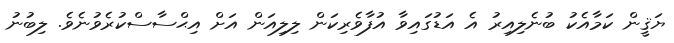
ޔަޤީން ކަމާއެކު ބުނެލިއިރު އެ އަޑުގައިވާ އުފާވެރިކަން ލިލިއަން އަށް އިޙްސާސްކުރެވުނެވެ. ލިބުނު